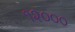
૧૨૦૦૦